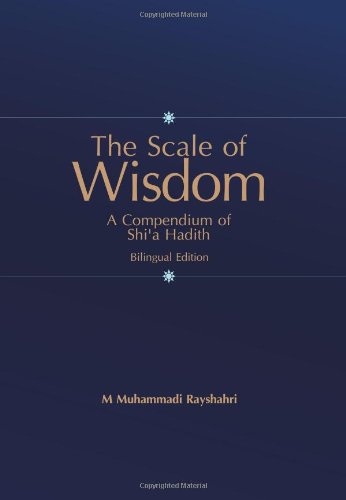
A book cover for Scale of Wisdom: A Compendium of Shi'a Hadith (English and Arabic Edition); M. Muhammadi Rayshahri; Religion & Spirituality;